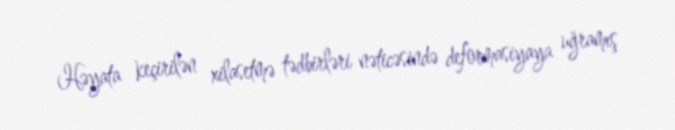
Həyata keçirilən xilasetmə tədbirləri nəticəsində deformasiyaya uğramış